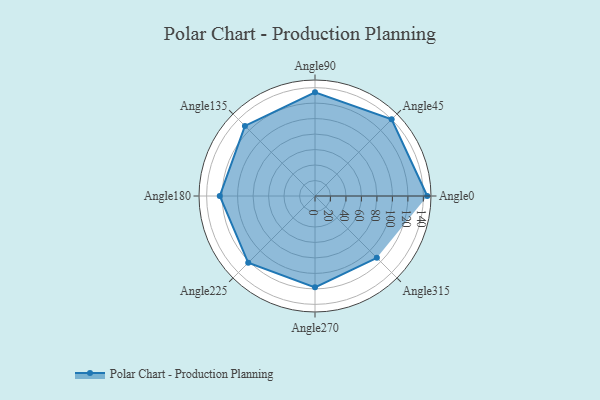
{"axis": {"x": "Angle", "y": "Radius"}, "legend": [""], "data": [{"x": "Angle0", "y": 145.0, "type": ""}, {"x": "Angle45", "y": 140.0, "type": ""}, {"x": "Angle90", "y": 134.0, "type": ""}, {"x": "Angle135", "y": 128.0, "type": ""}, {"x": "Angle180", "y": 123.0, "type": ""}, {"x": "Angle225", "y": 122.0, "type": ""}, {"x": "Angle270", "y": 118.0, "type": ""}, {"x": "Angle315", "y": 113.0, "type": ""}]}